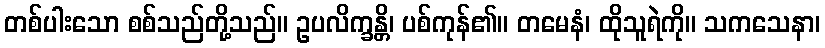
တစ်ပါးသော စစ်သည်တို့သည်။ ဥပလိက္ခန္တိ၊ ပစ်ကုန်၏။ တမေနံ၊ ထိုသူရဲကို။ သကသေနာ၊